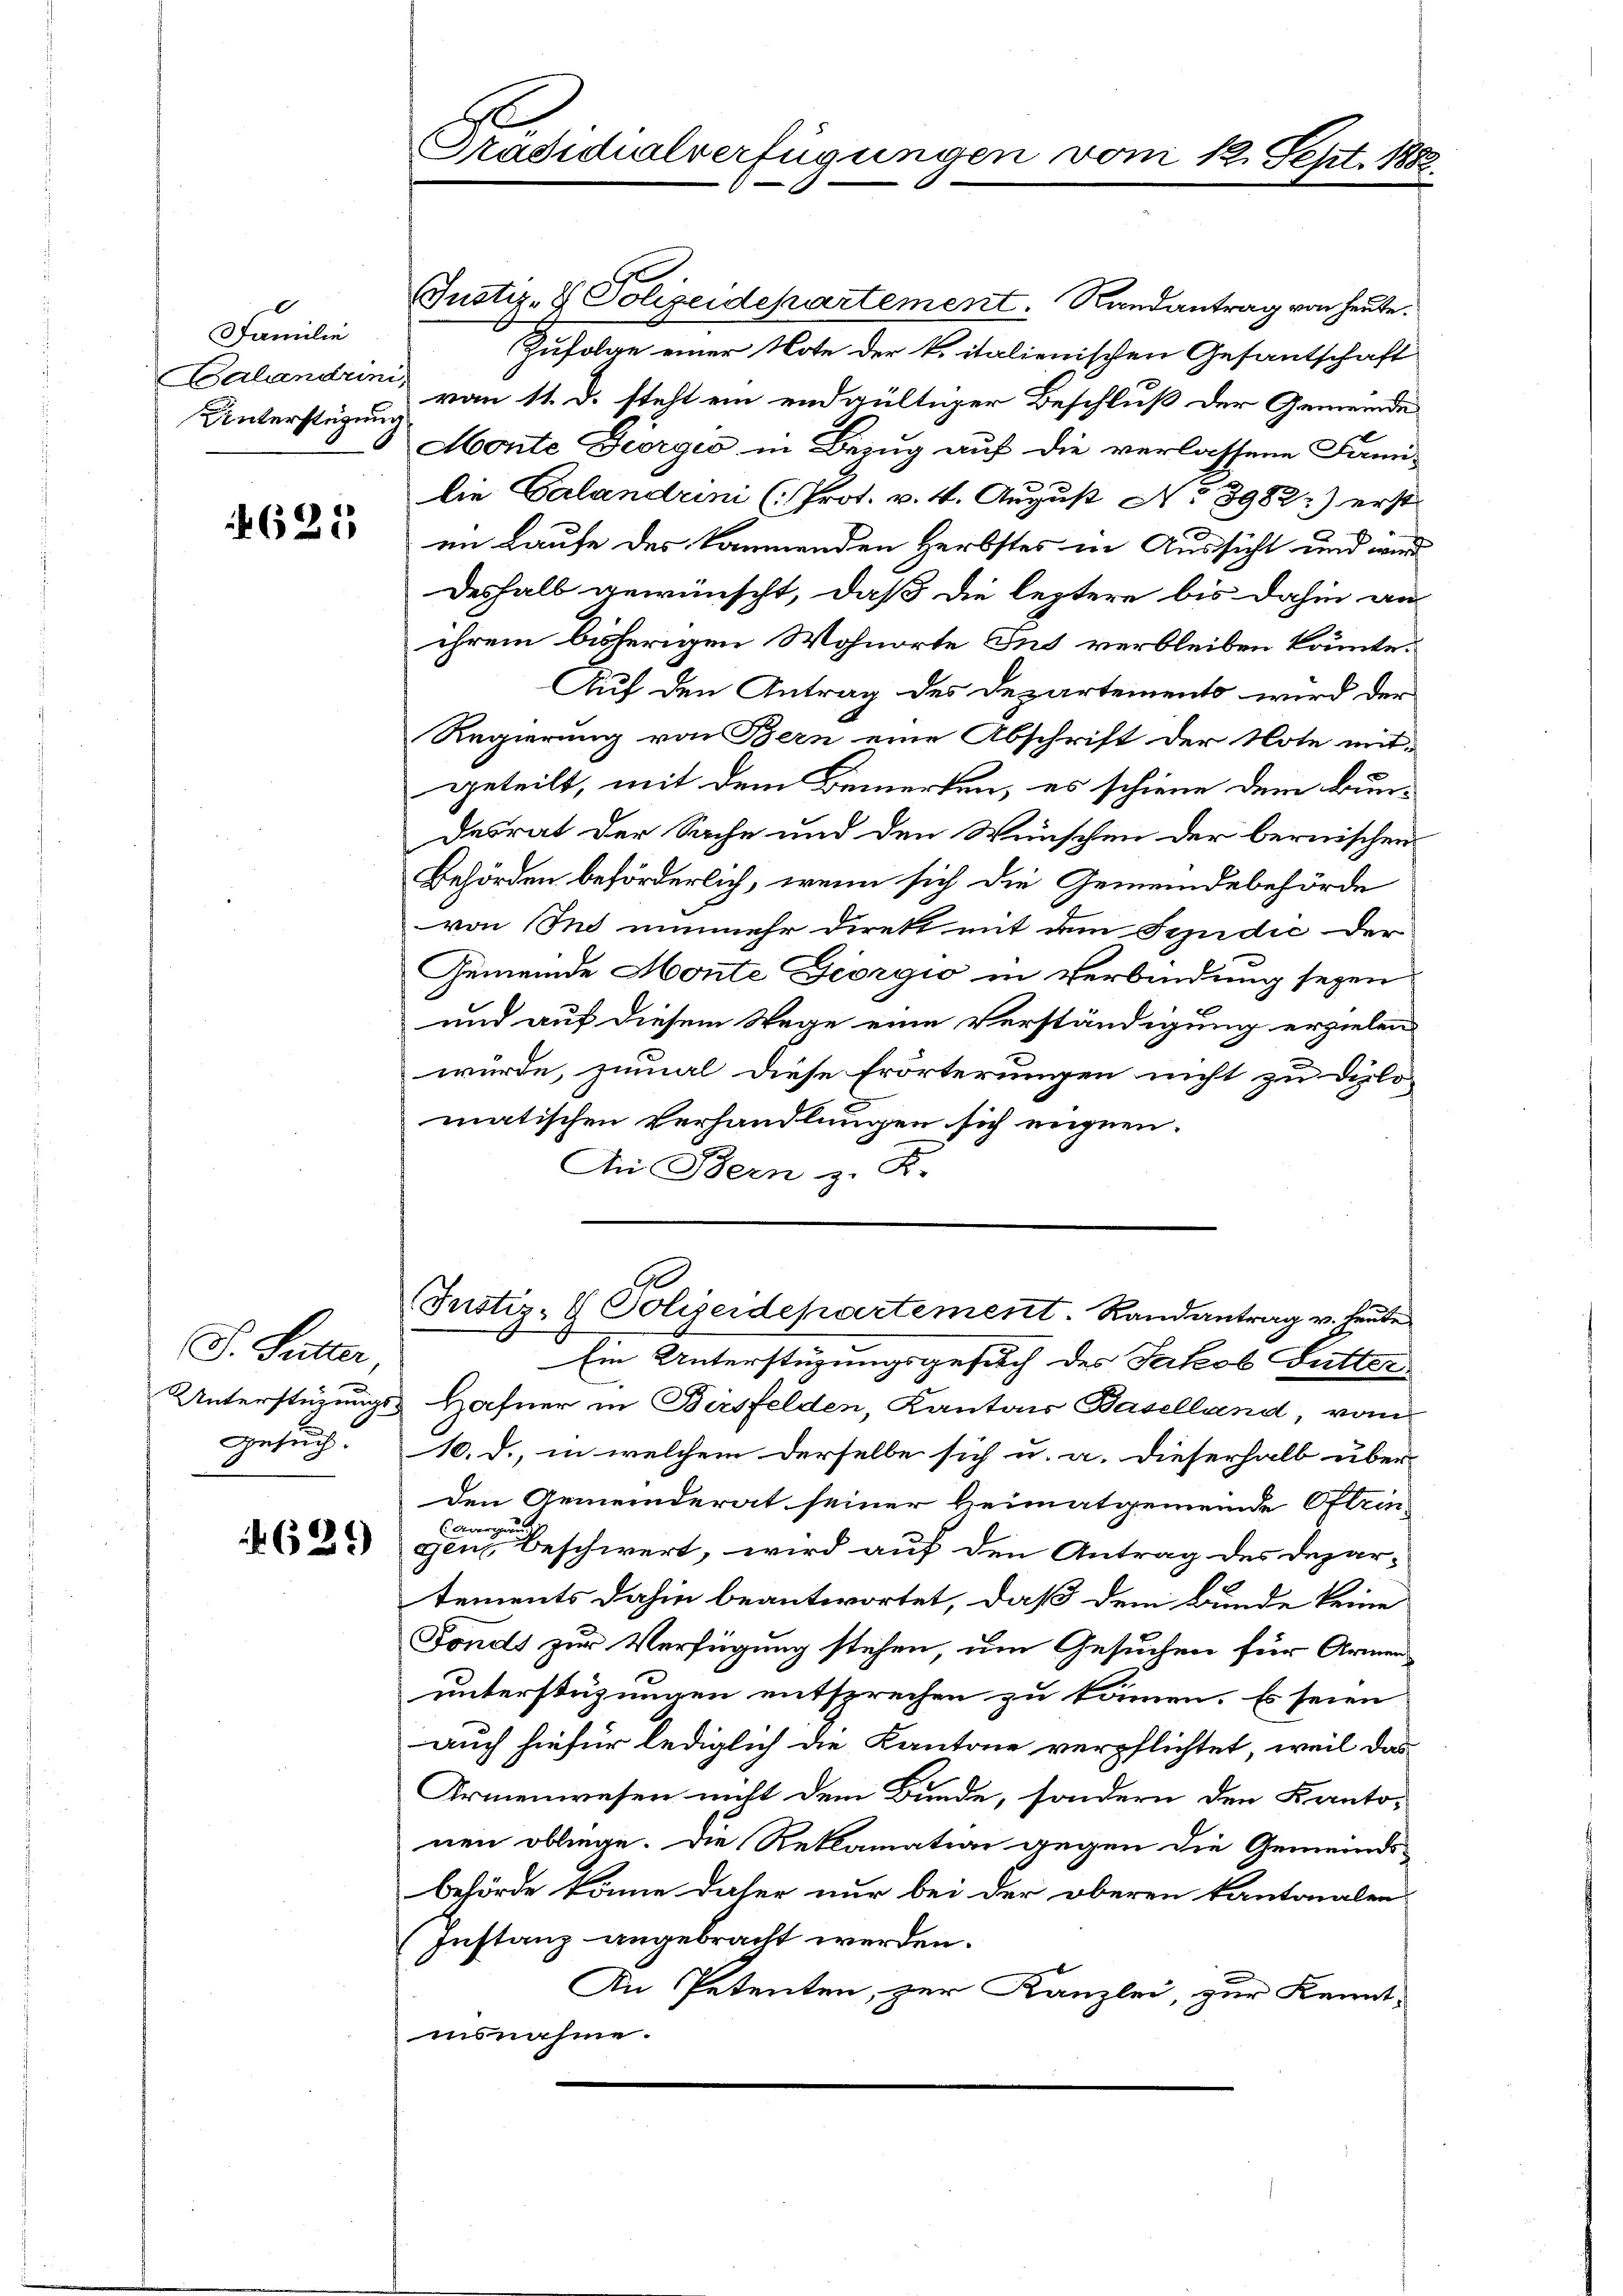
Familie
Unterstüzung

625

S. Sutter,
Gesuch.

A
Präsidialverfügungen vom 12. Sept. 188

Justiz- & Polizeidepartement. Randantrag von heute.
Zufolge einer Note der k. italienischen Gesantschaft
Calandrin vom 11. d. steht ein endgültiger Beschluß der Gemeinde
Monte Georgio in Bezug auf die verlassene Fami-
lie Calandrini (Prot. v. 4. August No 3982:) erst
im Laufe des kommenden Herbstes in Aussicht und wird
Deshalb gewünscht, daß die leztere bis dahin an
ihrem bisherigen Wohnorte Ins verbleiben könnte.
Auf den Antrag des Departements wird der
Regierung von Bern eine Abschrift der Note mit-
geteilt, mit dem Bemerken, es schiene dem Bun-
desrat der Sache und den Wünschen der bernischen
Behörden beförderlich, wenn sich die Gemeindebehörde
von Ins nunmehr direkt mit dem Syndić der
Gemeinde Monte Georgio in Verbindung seyen
und auf diesem Wege eine Verständigung erzielen
würde, zumal diese Erörterungen nicht zu Diplo-
matischen Verhandlungen sich eignen.
An Bern z. B.

Justiz- & Polizeidepartement. Randantrag v. heute
Ein Unterstüzungsgesuch des Jakob Futter

Unterstüzungs- Hafner in Birsfelden, Kantons Baselland, vom
10. d., in welchem derselbe sich u. a. dieserhalb über
Den Gemeinderat seiner Heimatgemeinde Oftein
Aargau
gen, beschwert, wird auf den Antrag des Departements dahin beantwortet, daß dem Bunde keine
Fonds zur Verfügung stehen, um Gesuchen für Armen
unterstüzungen entsprechen zu können. Es seien
auch hiefür lediglich die Kantone verpflichtet, weil das
Armenwesen nicht dem Bunde, sondern den Kanto-
nen obliege. Die Reklamation gegen die Gemeinds-
behörde könne daher nur bei der oberen kantonalen
Instanz angebracht werden.
An Petenten, zur Kanzlei, zur Kennt-
insnahme.